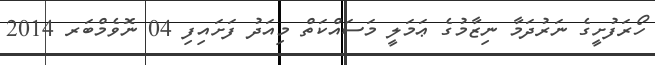
ހޯރަފުށީގެ ނަރުދަމާ ނިޒާމުގެ ޢަމަލީ މަސައްކަތް މިއަދު ފަށައިފި 04 ނޮވެމްބަރ 2014